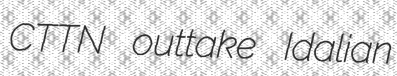
CTTN outtake Idalian